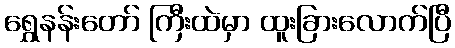
ရွှေနန်းတော် ကြီးထဲမှာ ထူးခြားလောက်ပြီ